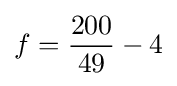
f={\frac {200}{49}}-4